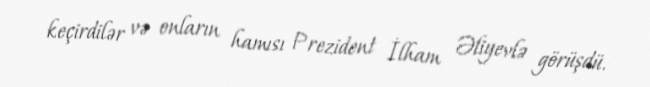
keçirdilər və onların hamısı Prezident İlham Əliyevlə görüşdü.